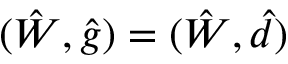
( \hat { W } , \hat { g } ) = ( \hat { W } , \hat { d } )